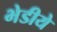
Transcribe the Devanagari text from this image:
भेडीये